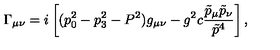
\Gamma _ { \mu \nu } = i \left[ ( p _ { 0 } ^ { 2 } - p _ { 3 } ^ { 2 } - P ^ { 2 } ) g _ { \mu \nu } - g ^ { 2 } c { \frac { \tilde { p } _ { \mu } \tilde { p } _ { \nu } } { \tilde { p } ^ { 4 } } } \right] ,